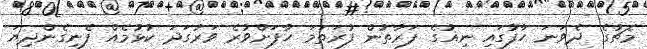
މެޗުގެ ދެވަނަ ހާފުގައި ނިއުގެ ފަރާތުން ފުރަތަމަ ހާފަށްވުރެ ވަރުގަދަ ކުޅުމެއް ފެނިގެންދިޔަ